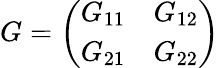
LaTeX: G={\left(\begin{array}{ll}{G_{11}}&{G_{12}}\\ {G_{21}}&{G_{22}}\end{array}\right)}